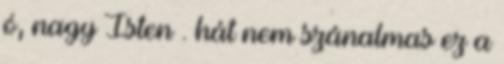
ó, nagy Isten . hát nem szánalmas ez a